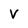
Character: v